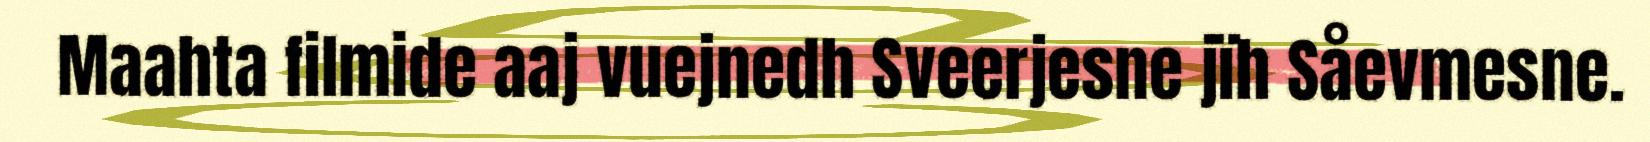
Maahta filmide aaj vuejnedh Sveerjesne jïh Såevmesne.